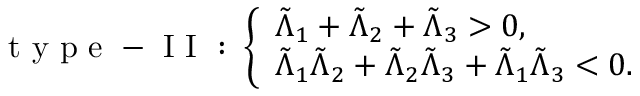
\mathrm { ~ t ~ y ~ p ~ e ~ - ~ I ~ I ~ : ~ } \left\{ \begin{array} { l l } { \tilde { \Lambda } _ { 1 } + \tilde { \Lambda } _ { 2 } + \tilde { \Lambda } _ { 3 } > 0 , } \\ { \tilde { \Lambda } _ { 1 } \tilde { \Lambda } _ { 2 } + \tilde { \Lambda } _ { 2 } \tilde { \Lambda } _ { 3 } + \tilde { \Lambda } _ { 1 } \tilde { \Lambda } _ { 3 } < 0 . } \end{array} \right.